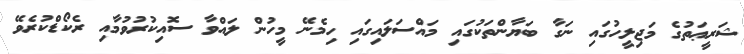
ޝަރީޢަތުގެ މަޖިލީހުގައި ނަގާ ބަޔާންތަކުގައި މައްސަލައިގައި ހިމެނޭ މީހުން ލައްވާ ސޮއިކުރުވުމާއި ރެކޯޑްކުރެވޭ